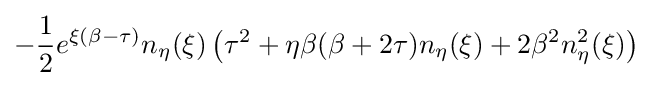
-{\frac {1}{2}}e^{\xi (\beta -\tau )}n_{\eta }(\xi )\left(\tau ^{2}+\eta \beta (\beta +2\tau )n_{\eta }(\xi )+2\beta ^{2}n_{\eta }^{2}(\xi )\right)